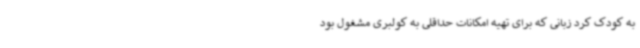
به کودک کرد زبانی که برای تهیه امکانات حداقلی به کولبری مشغول بود